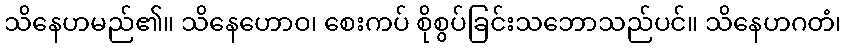
သိနေဟမည်၏။ သိနေဟောဝ၊ စေးကပ် စိုစွပ်ခြင်းသဘောသည်ပင်။ သိနေဟဂတံ၊